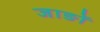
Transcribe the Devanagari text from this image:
जाङों